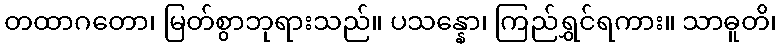
တထာဂတော၊ မြတ်စွာဘုရားသည်။ ပသန္နော၊ ကြည်ရွှင်ရကား။ သာဓူတိ၊